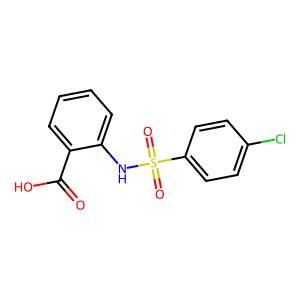
SMILES: O=C(O)c1ccccc1NS(=O)(=O)c1ccc(Cl)cc1
Inhibits HIV replication: No